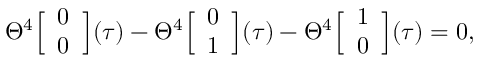
\Theta ^ { 4 } \Big [ \begin{array} { c } { { 0 } } \\ { { 0 } } \end{array} \Big ] ( \tau ) - \Theta ^ { 4 } \Big [ \begin{array} { c } { { 0 } } \\ { { 1 } } \end{array} \Big ] ( \tau ) - \Theta ^ { 4 } \Big [ \begin{array} { c } { { 1 } } \\ { { 0 } } \end{array} \Big ] ( \tau ) = 0 ,